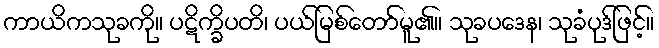
ကာယိကသုခကို။ ပဋိက္ခိပတိ၊ ပယ်မြစ်တော်မူ၏။ သုခပဒေန၊ သုခံပုဒ်ဖြင့်။